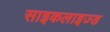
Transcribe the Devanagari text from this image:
साइकलाइज्ड